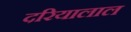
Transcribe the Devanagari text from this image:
दरियालाल